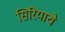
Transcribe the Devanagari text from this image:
सिरियाचे